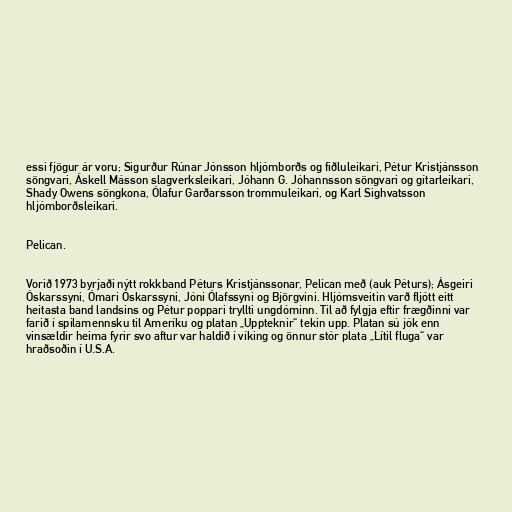
essi fjögur ár voru; Sigurður Rúnar Jónsson hljómborðs og fiðluleikari, Pétur Kristjánsson
söngvari, Áskell Másson slagverksleikari, Jóhann G. Jóhannsson söngvari og gítarleikari,
Shady Owens söngkona, Ólafur Garðarsson trommuleikari, og Karl Sighvatsson
hljómborðsleikari.

Pelican.

Vorið 1973 byrjaði nýtt rokkband Péturs Kristjánssonar, Pelican með (auk Péturs); Ásgeiri
Óskarssyni, Ómari Óskarssyni, Jóni Ólafssyni og Björgvini. Hljómsveitin varð fljótt eitt
heitasta band landsins og Pétur poppari tryllti ungdóminn. Til að fylgja eftir frægðinni var
farið í spilamennsku til Ameríku og platan „Uppteknir“ tekin upp. Platan sú jók enn
vinsældir heima fyrir svo aftur var haldið í víking og önnur stór plata „Lítil fluga“ var
hraðsoðin í U.S.A.